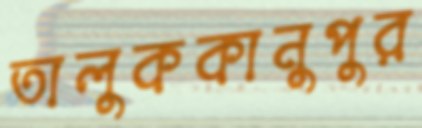
তালুককানুপুর